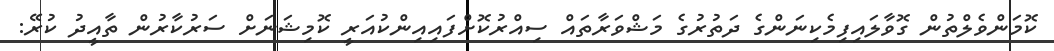
ކޮމަންވެލްތުން ގޮވާލައިފިމެކިނަންގެ ދަތުރުގެ މަޝްވަރާތައް ސިއްރުކޮށްފައިއިންކުއަރީ ކޮމިޝަނަށް ސަރުކާރުން ތާއީދު ކުރޭ: